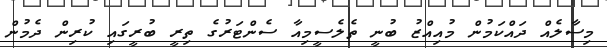
މިސާލެއް ދައްކަމުން މުއިއްޒު ބުނީ ތެލެސީމިއާ ސެންޓަރުގެ ތިރީ ބުރީގައި ކުރިން ދެމުން